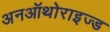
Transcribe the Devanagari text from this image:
अनऑथोराइज्ड